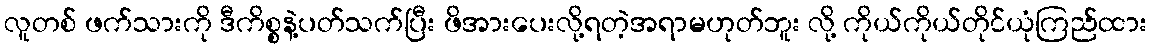
လူတစ် ဖက်သားကို ဒီကိစ္စနဲ့ပတ်သက်ပြီး ဖိအားပေးလို့ရတဲ့အရာမဟုတ်ဘူး လို့ ကိုယ်ကိုယ်တိုင်ယုံကြည်ထား